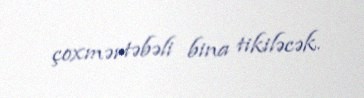
çoxmərtəbəli bina tikiləcək.